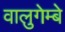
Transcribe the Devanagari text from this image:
वालुगेम्बे